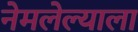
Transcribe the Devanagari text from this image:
नेमलेल्याला